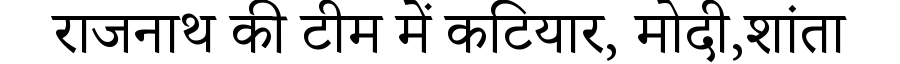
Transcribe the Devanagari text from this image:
राजनाथ की टीम में कटियार, मोदी,शांता